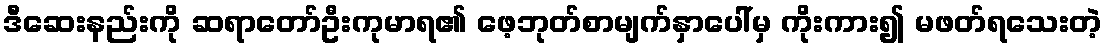
ဒီဆေးနည်းကို ဆရာတော်ဦးကုမာရ၏ ဖေ့ဘုတ်စာမျက်နှာပေါ်မှ ကိုးကား၍ မဖတ်ရသေးတဲ့